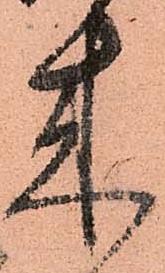
来